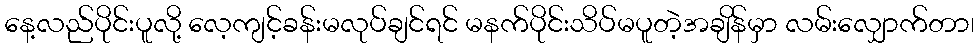
နေ့လည်ပိုင်းပူလို့ လေ့ကျင့်ခန်းမလုပ်ချင်ရင် မနက်ပိုင်းသိပ်မပူတဲ့အချိန်မှာ လမ်းလျှောက်တာ၊